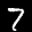
Label: 7